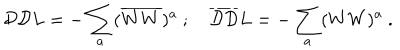
{ \cal D D } L = - \sum _ { a } ( \overline { { { W W } } } ) ^ { a } ~ ; ~ \overline { { { \cal D D } } } L = - \sum _ { a } ( W W ) ^ { a } ~ .